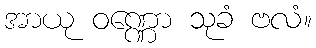
အာယု ဝဏ္ဏော သုခံ ဗလံ။